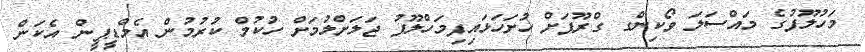
މަހުލޫފުގެ މައްސަލަ ވޯކިންގ ގްރޫޕަށް ހުށަހަޅައިފިމަހްލޫފު ޖަލަށްލުމަށް ހުކުމް ކުރުމުން އެމްޑީޕީން އެކަން